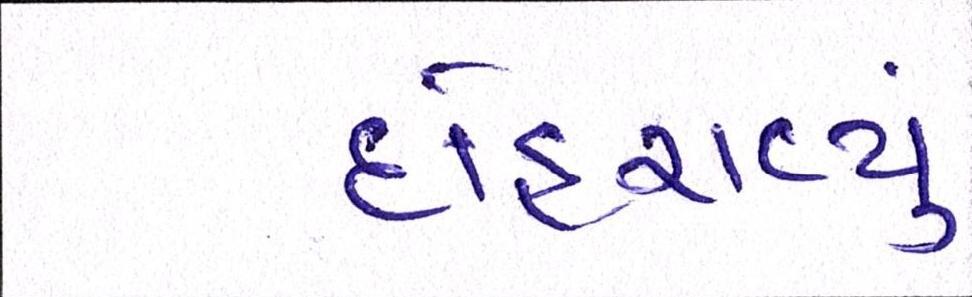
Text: દોહરાવ્યું